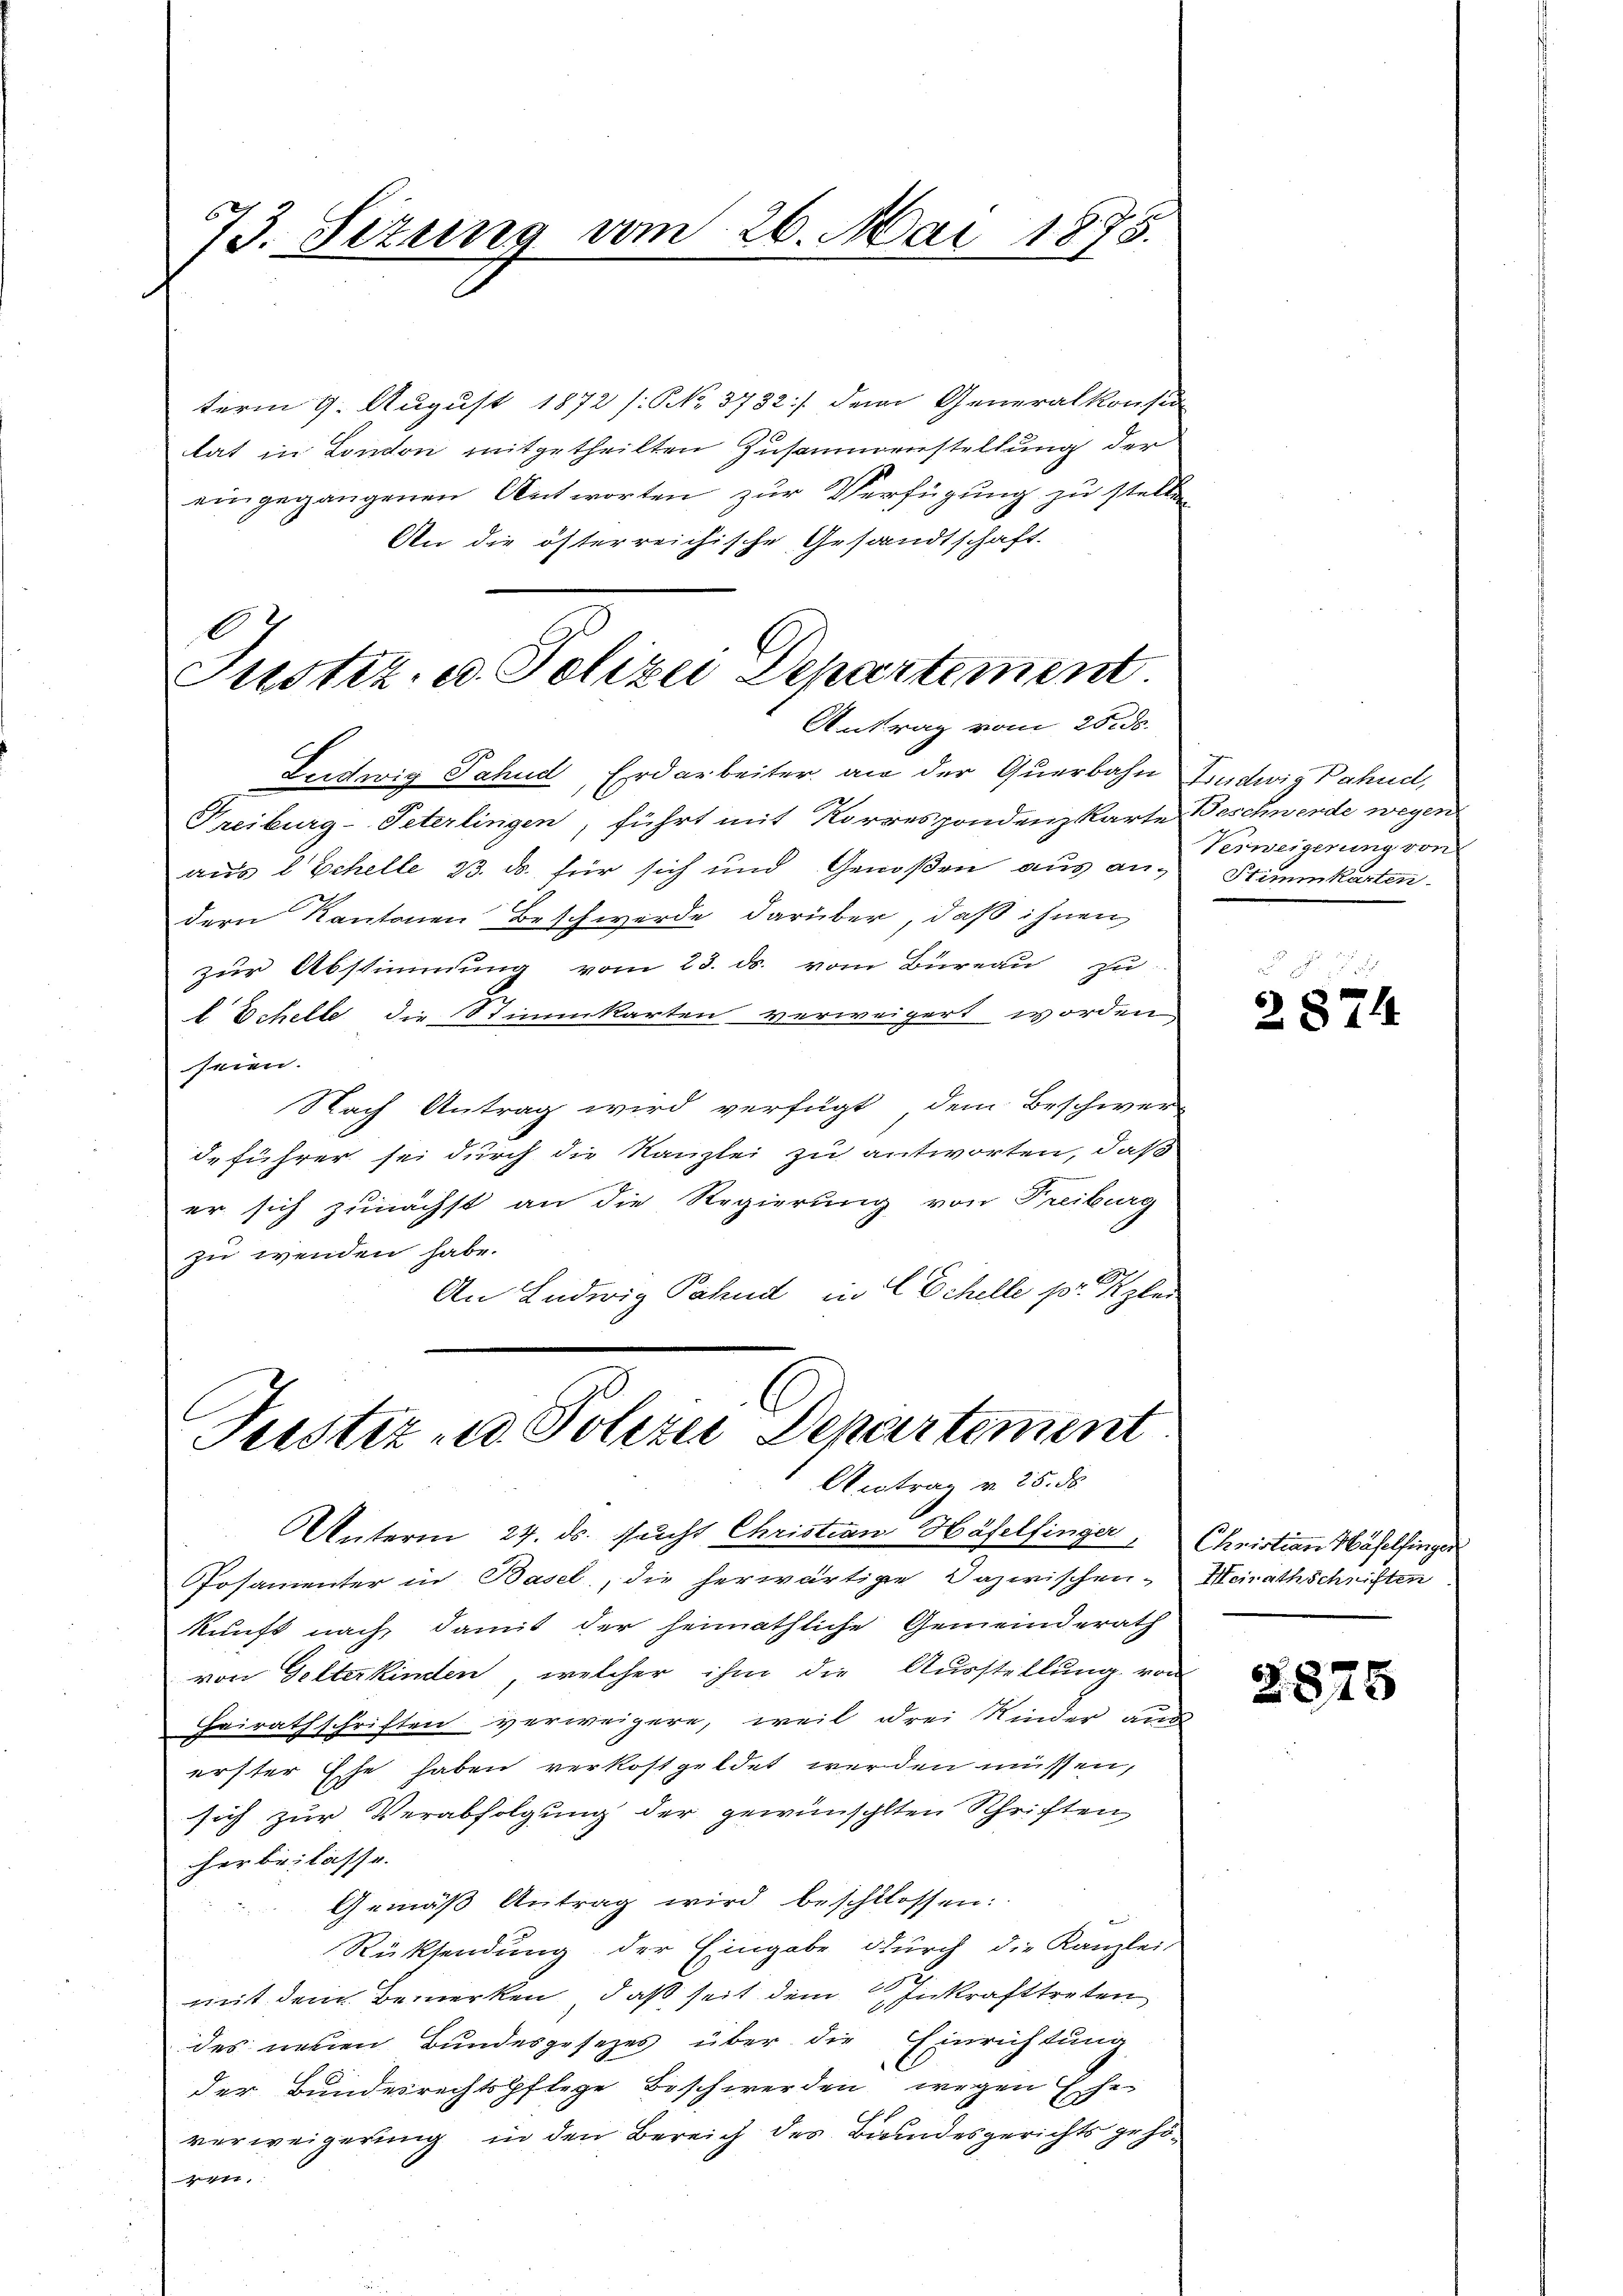
73. Sizung vom 26. Mai 1875.

term 9. August 1872 /: No 3732/ dem Generalkonsid
tat in London mitgetheilten Zusammenstellung der
eingegangenen Antworten zur Verfügung zu stellen
An die österreichische Gesandtschaft.
l

Justiz, ed. Polizei Departement
Antrag vom 25. ds.

Leidwig Jahud, Erdarbeiter an der Querbahn Ludwig Bahnd,
Freiburg-Peterlingen, führt mit Korrespondenzkarte Beschwerde wegen
aus 2 Schelle 23. ds. für sich und Genoßen aus an-Stimmkarten-
dern Kantonen Beschwerde darüber, daß ihnen
zur Abstimmung vom 23. ds. vom Bureau zu
2
l Echelle die Stimmkarten verweigert worden
seien.
Nach Antrag wird verfügt, dem Beschwer-
deführer sei durch die Kanzlei zu antworten, daß
er sich zunächst an die Regierung von Freiburg
zu wenden habe.
An Ludwig Sahnd, in Schelle pr. Spe

Justiz u. Polizei Departement
Acntrag v. 25. ds.

Unterm 24. ds. sucht Christian Häfelfinger, Christian Häfelfinger
Posamenter in Basel, die herwärtige Dazwischen-
kunft nach damit der heimathliche Gemeinderath
von Gelterkinden, welcher ihm die Ausstellung von
Heirathschriften verweigere, weil drei Kinder aus
erster Ehe haben verkostgeldet werden müssen,
sich zur Verabfolgung der gewünschten Schriften
herbeilasse.
Gemäß Antrag wird beschlossen:
Rücksendung der Eingabe durch die Kanzlei,
mit dem Bemerken, daß seit dem Inkrafttreten
des neuen Bundesgesezes über die Einrichtung
der Bundesrechtspflege Beschwerden wegen Ehe
verweigerung in den Bereich des Bundesgerichts gehö¬
,

Verweigerung von

2874

Heirathschriften

2875